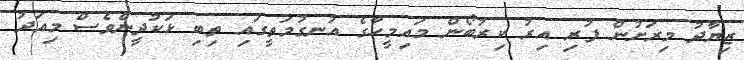
ޒިޔާދު މިރަށުން ފުރި އިރު ކިރުބޯން މައިމީހާގެ އުނގުމަތީގައި ތިބި ޅަކުދީންވެސް މިއަދު